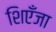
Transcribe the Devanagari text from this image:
शिएँजा